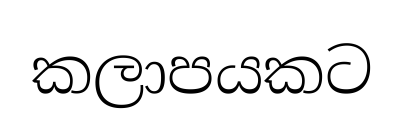
කලාපයකට